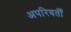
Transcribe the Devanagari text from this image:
अपरिवर्तीं